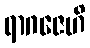
ရာဂဇေဟိ